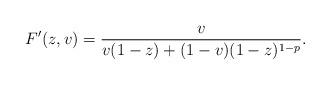
LaTeX: \begin{align*} F'(z,v) = \frac{v}{v(1-z) + (1-v) (1-z)^{1-p}}.\end{align*}